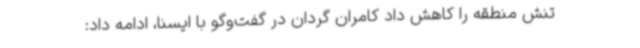
تنش منطقه را کاهش داد کامران گردان در گفت‌وگو با ایسنا، ادامه داد: